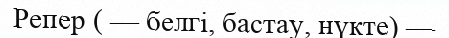
Репер ( — белгі, бастау, нүкте) —